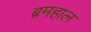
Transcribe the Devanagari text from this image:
ब्रमहाल